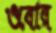
ওবোর